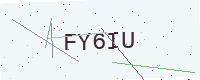
Text: FY6IU